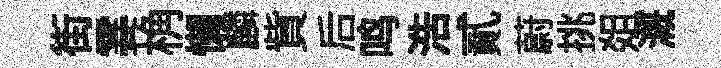
街霎桷懒麟貲后鸣浩貳蔚挑爼溉